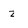
Character: z